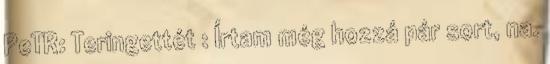
PeTR: Teringettét : Írtam még hozzá pár sort, na.